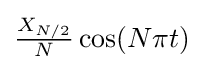
{\textstyle {\frac {X_{N/2}}{N}}\cos(N\pi t)}